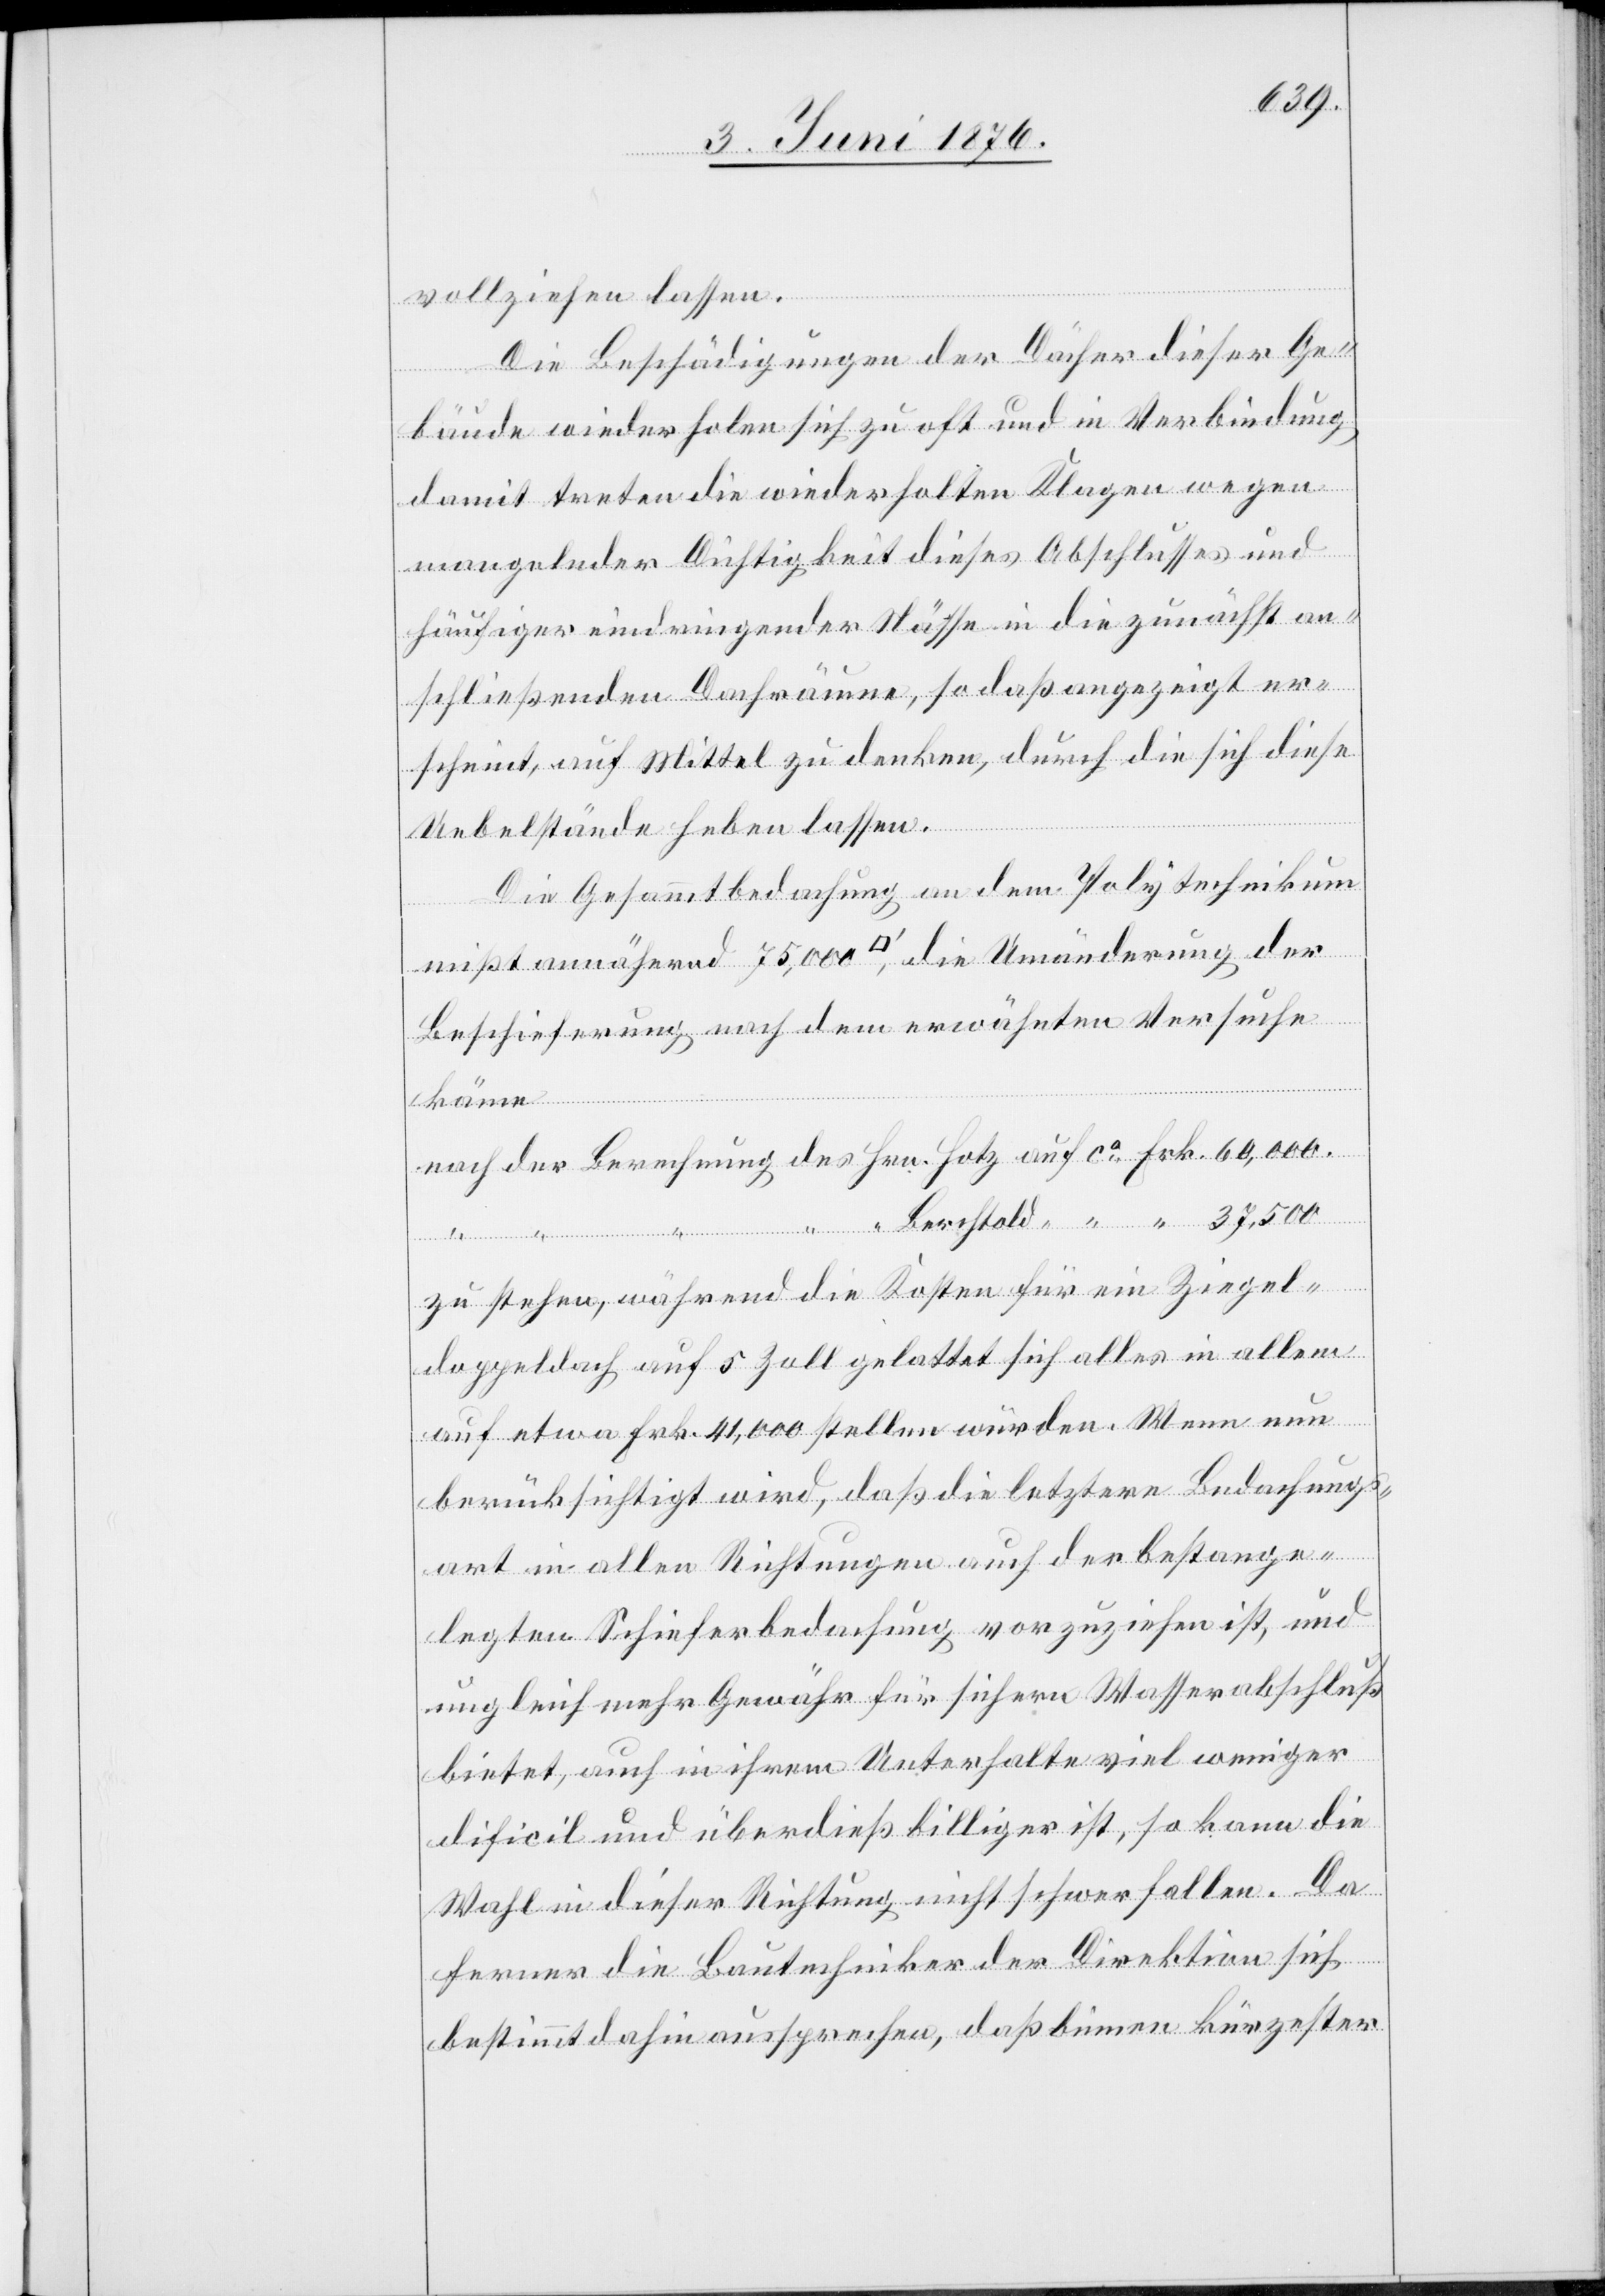
vollziehen lassen.
Die Beschädigungen der Dächer dieser Ge¬
bäude wiederholen sich zu oft und in Verbindung
damit treten die wiederholten Klagen wegen
mangelnder Dichtigkeit dieses Abschlusses und
häufiger eindringender Nässe in die zunächst an¬
schließenden Dachräume, so daß angezeigt er¬
scheint, auf Mittel zu denken, durch die sich diese
Uebelstände heben lassen.
Die Gesammtbedachung an dem Polytechnikum
mißt annähernd 75,000 [Quadratfuß], die Umänderung der
Beschieferung nach dem erwähnten Versuche
Zu stehen, während die Kosten für ein Ziegel¬
doppeldach auf 5 Zoll gelattet sich alles in allem
auf etwa Frk. 41,000 stellen würden. Wenn nun
berücksichtigt wird, daß die letztere Bedachungs¬
art in allen Richtungen auch der bestange¬
legten Schieferbedachung vorzuziehen ist, und
ungleich mehr Gewähr für sichern Wasserabschluß
bietet, auch in ihrem Unterhalte viel weniger
dificil und überdieß billiger ist, so kann die
Wahl in dieser Richtung nicht schwer fallen. Da
ferner die Bautechniker der Direktion sich
bestimmt dahin aussprechen, daß binnen kürzester